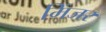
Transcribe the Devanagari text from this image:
मिंजर